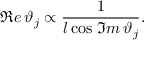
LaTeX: \Re e \, \vartheta _ { j } \propto \frac { 1 } { l \cos \, \Im m \, \vartheta _ { j } } .